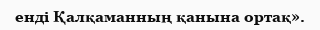
енді Қалқаманның қанына ортақ».